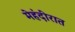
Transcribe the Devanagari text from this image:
मेहंदीरात